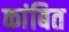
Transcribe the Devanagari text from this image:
कांबित